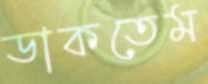
ডাকতেম